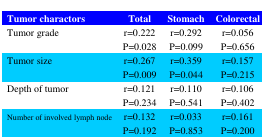
| Tumor charactors | Total | Stomach | Colorectal |
 | --- | --- | --- | --- |
 | Tumor grade | r=0.222P=0.028 | r=0.292P=0.099 | r=0.056P=0.656 |
 | Tumor size | r=0.267P=0.009 | r=0.359P=0.044 | r=0.157P=0.215 |
 | Depth of tumor | r=0.121P=0.234 | r=0.110P=0.541 | r=0.106P=0.402 |
 | Number of involved lymph node | r=0.132P=0.192 | r=0.033P=0.853 | r=0.161P=0.200 |